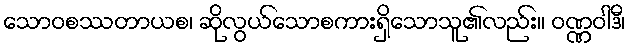
သောဝစဿတာယစ၊ ဆိုလွယ်သောစကားရှိသောသူ၏လည်း။ ဝဏ္ဏဝါဒီ၊